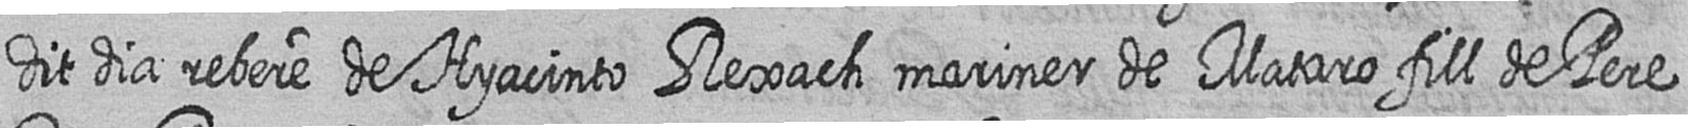
dit dia rebere de Hyacinto Rexach mariner de Mataro fill de Pere